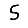
Digit: 5